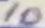
Text: 10